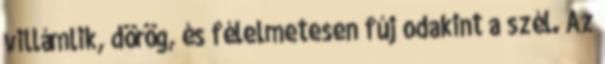
villámlik, dörög, és félelmetesen fúj odakint a szél. Az